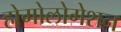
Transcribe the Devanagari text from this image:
होमोलोगेशन